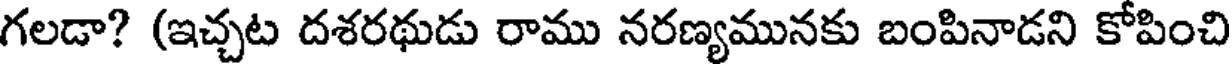
గలడా? (ఇచ్చట దశరథుడు రాము నరణ్యమునకు బంపినాడని కోపించి